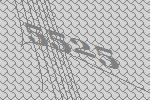
5525